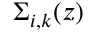
\Sigma _ { i , k } ( z )